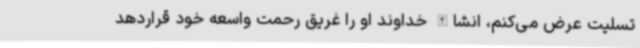
تسلیت عرض می‌کنم، انشاالله خداوند او را غریق رحمت واسعه خود قراردهد